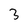
Character: 3